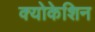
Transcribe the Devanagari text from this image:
क्योकेशिन